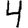
Digit: 4